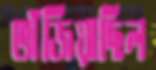
ভাঁজিয়াছিল